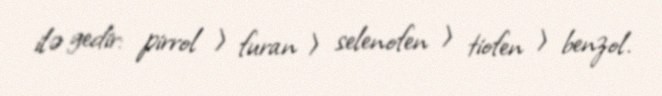
ilə gedir: pirrol > furan > selenofen > tiofen > benzol.